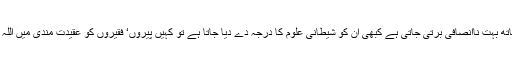
ہمارے ہاں بدقسمتی سے ان علوم کے ساتھ بہت ناانصافی برتی جاتی ہے کبھی ان کو شیطانی علوم کا درجہ دے دیا جاتا ہے تو کہیں پیروں‘ فقیروں کو عقیدت مندی میں اللہ کی ذات کے برابر کھڑاکر دیا جاتا ہے۔